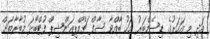
އަދި މި އަހަރުގެ ޑިސެމްބަރު މަހު ބާއްވާ ސާފް ޗެމްޕިއަންޝިޕް ފުޓްބޯޅަ މުބާރާތަށް